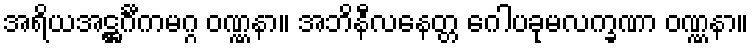
အရိယအဋ္ဌင်္ဂီကမဂ္ဂ ဝဏ္ဏနာ။ အဘိနီလနေတ္တ ဂေါပခုမလက္ခဏာ ဝဏ္ဏနာ။